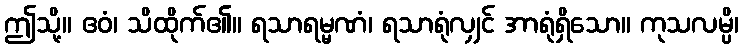
ဤသို့။ ဧဝံ၊ သိထိုက်၏။ ရသာရမ္မဏံ၊ ရသာရုံလျှင် အာရုံရှိသော။ ကုသလမ္ပိ၊